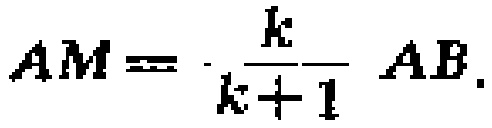
\(AM = \frac{k}{k + 1}AB\)